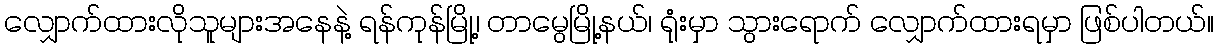
လျှောက်ထားလိုသူများအနေနဲ့ ရန်ကုန်မြို့၊ တာမွေမြို့နယ်၊ ရုံးမှာ သွားရောက် လျှောက်ထားရမှာ ဖြစ်ပါတယ်။